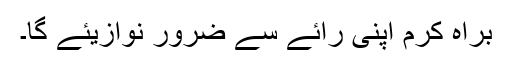
براہ کرم اپنی رائے سے ضرور نوازیئے گا۔